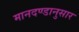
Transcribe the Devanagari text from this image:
मानदण्डानुसार